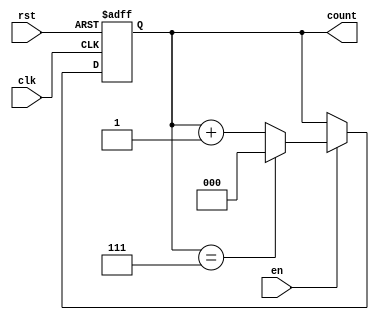
module binary_counter #(
    parameter N = 3 // Number of bits for the counter (default is 3 bits)
)(
    input wire clk,      // Clock signal
    input wire rst,      // Asynchronous reset signal
    input wire en,       // Enable signal
    output reg [N-1:0] count // Current count value
);

// Always block for the counter behavior
always @(posedge clk or posedge rst) begin
    if (rst) begin
        count <= 0; // Reset the counter to 0
    end else if (en) begin
        if (count == (1 << N) - 1) begin
            count <= 0; // Wrap around to 0 if maximum value is reached
        end else begin
            count <= count + 1; // Increment the counter
        end
    end
    // If enable is low, the counter retains its value
end

endmodule